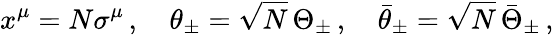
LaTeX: x^{\mu}=N\sigma^{\mu}\, ,\quad\theta_{\pm}=\sqrt{N}\, \Theta_{\pm}\, ,\quad\bar{\theta}_{\pm}=\sqrt{N}\, \bar{\Theta}_{\pm}\, ,